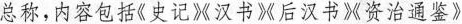
总称，内容包括《史记》汉书》后汉书》资治通鉴》